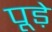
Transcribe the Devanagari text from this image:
पूड़े